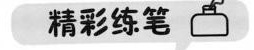
精彩练笔